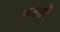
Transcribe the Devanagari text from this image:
कलाऍँ